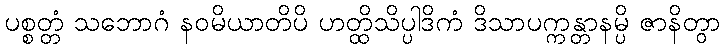
ပစ္စတ္တံ သဘောဂံ နဝမိယာတိပိ ဟတ္ထိသိပ္ပါဒိကံ ဒိသာပက္ကန္တာနမ္ပိ ဇာနိတွာ